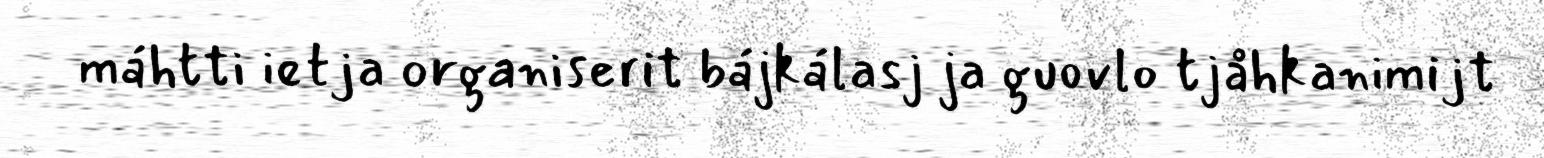
máhtti ietja organiserit bájkálasj ja guovlo tjåhkanimijt